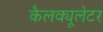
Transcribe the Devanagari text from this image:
कैलक्यूलेटर